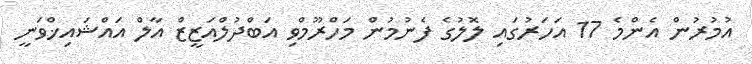
އުމުރުން އެންމެ 17 އަހަރުގައި ލޮލުގެ ފެނުމުން މަހްރޫމްވި އަބްދުލްއަޒީޒް އާލް އައްޝައިޚްވަނީ